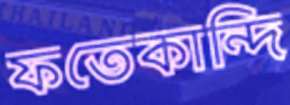
ফতেকান্দি